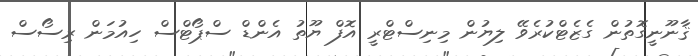
ޤާނޫނީގޮތުން ގެޒެޓްކުރެވޭ ލިޔުން މިނިސްޓްރީ އޮފް ޔޫތު އެންޑް ސްޕޯޓްސް ހިއުމަން ރިސޯސް